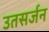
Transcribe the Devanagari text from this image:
उतसर्जन